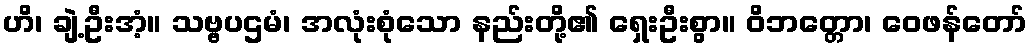
ဟိ၊ ချဲ့ဦးအံ့။ သဗ္ဗပဌမံ၊ အလုံးစုံသော နည်းတို့၏ ရှေးဦးစွာ။ ဝိဘတ္တော၊ ဝေဖန်တော်